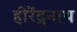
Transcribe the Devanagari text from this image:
हीरेंद्रनाथ